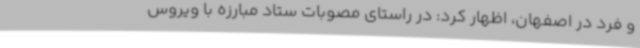
و فرد در اصفهان، اظهار کرد: در راستای مصوبات ستاد مبارزه با ویروس